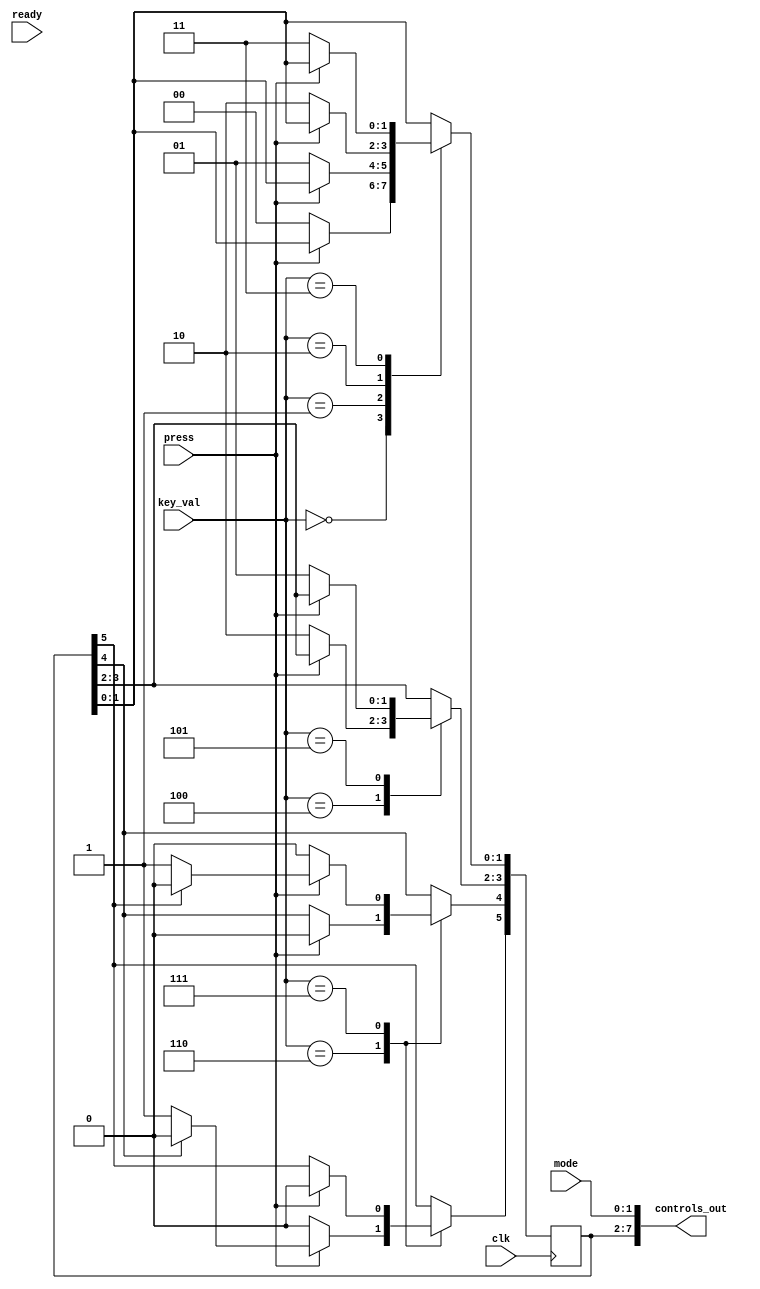
`timescale 1ns / 1ps

module controller(
		mode,
		ready,
		key_val,
		press,
		controls_out,
		clk
    );
	
	input clk;
	input [1:0] mode; 
	input ready, press;
	input [2:0] key_val;
	output [7:0] controls_out;
	
	reg [7:0] control = 8'b0;
	
	
	always @(posedge clk)
	begin
		case (key_val) // BYTE
			3'b000: begin
			// Speed one button: if released set speed to 1
				if(!press) begin
					control[3:2] <= 2'b00;
				end
			end
			
			3'b001: begin
			// Speed two button: if released set speed to 2
				if(!press) begin
					control[3:2] <= 2'b01;
				end
			end
			
			3'b010: begin
			// Speed three button: if released set speed to 3
				if(!press) begin
					control[3:2] <= 2'b10;
				end
			end
			
			3'b011: begin
			// Speed four button: if released set speed to 4
				if(!press) begin
					control[3:2] <= 2'b11;
				end
			end
			
			3'b100: begin
			// Up button: if released set direction forward
				if(!press) begin
					// Forward bit high, backward low
					control[5:4] <= 2'b10;
				end
			end
			
			3'b101: begin
			// Down button: if released set direction backward
				if(!press) begin
					// Forward bit high, backward low
					control[5:4] <= 2'b01;
				end
			end
			
			3'b110: begin
			// Left button: while holding steer left
				if(press) begin
					if(control[6]) begin
						// If other direction held down, go straight
						control[7:6] <= 2'b00;
					end
					else begin
						// Pressed, turn left until release
						control[7] <= 1'b1;
					end
				end
				else begin
					// Released, go straight
					control[7] <= 1'b0;
				end
			end
			
			3'b111: begin
			// Right button: while holding steer right
				if(press) begin
					if(control[7]) begin
						// If other direction held down, go straight
						control[7:6] <= 2'b00;
					end
					else begin
						// Pressed, turn left until release
						control[6] <= 1'b1;
					end
				end
				else begin
					// Released, go straight
					control[6] <= 1'b0;
				end
			end
		endcase
	end

	assign controls_out[7:2] = control[7:2];
	assign controls_out[1:0] = mode;

endmodule